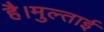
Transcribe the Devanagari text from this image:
है।मुल्ताई